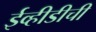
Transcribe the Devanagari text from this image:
ईव्हीडीची